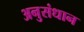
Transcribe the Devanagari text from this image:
अनुसंधान